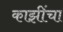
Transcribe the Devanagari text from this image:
काझींचा